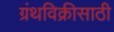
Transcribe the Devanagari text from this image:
ग्रंथविक्रीसाठी